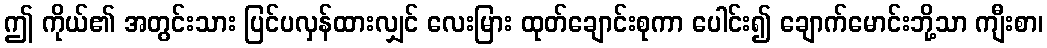
ဤ ကိုယ်၏ အတွင်းသား ပြင်ပလှန်ထားလျှင် လေးမြား ထုတ်ချောင်းစုကာ ပေါင်း၍ ချောက်မောင်းဘို့သာ ကျီးစာ၊